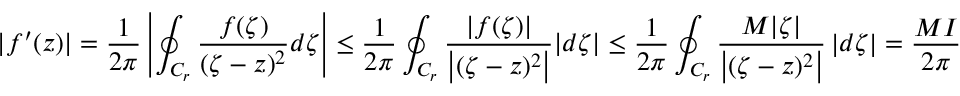
| f ^ { \prime } ( z ) | = { \frac { 1 } { 2 \pi } } \left| \oint _ { C _ { r } } { \frac { f ( \zeta ) } { ( \zeta - z ) ^ { 2 } } } d \zeta \right| \leq { \frac { 1 } { 2 \pi } } \oint _ { C _ { r } } { \frac { | f ( \zeta ) | } { \left| ( \zeta - z ) ^ { 2 } \right| } } | d \zeta | \leq { \frac { 1 } { 2 \pi } } \oint _ { C _ { r } } { \frac { M | \zeta | } { \left| ( \zeta - z ) ^ { 2 } \right| } } \left| d \zeta \right| = { \frac { M I } { 2 \pi } }